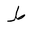
Letter: _da